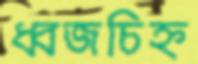
ধ্বজচিহ্ন